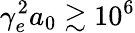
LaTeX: \gamma_{e}^{2}a_{0}\gtrsim 10^{6}